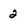
Character: 2